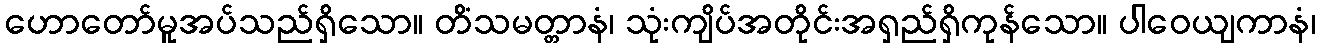
ဟောတော်မူအပ်သည်ရှိသော။ တိံသမတ္တာနံ၊ သုံးကျိပ်အတိုင်းအရှည်ရှိကုန်သော။ ပါဝေယျကာနံ၊